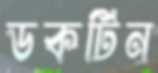
ডকটিন